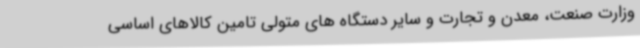
وزارت صنعت، معدن و تجارت و سایر دستگاه های متولی تامین کالاهای اساسی